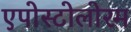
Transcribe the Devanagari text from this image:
एपोस्टोलोरम